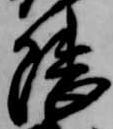
隈